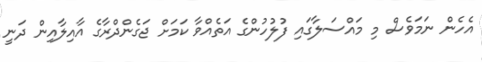
އެހެން ނަމަވެސް މި މައްސަލާގައި ފުލުހުންގެ އަތެއްވާ ކަމަށް ޖަގެންދްރާގެ އާއިލާއިން ދަނީ